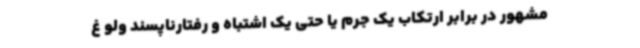
مشهور در برابر ارتکاب یک جرم یا حتی یک اشتباه و رفتارناپسند ولو غ